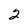
Character: 2